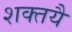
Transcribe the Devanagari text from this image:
शक्तयै